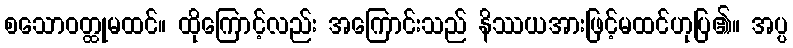
စသောဝတ္ထုမထင်။ ထိုကြောင့်လည်း အကြောင်းသည် နိဿယအားဖြင့်မထင်ဟုပြ၏။ အပ္ပ